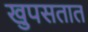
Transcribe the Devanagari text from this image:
खुपसतात